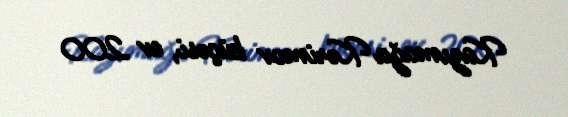
Kazımağa Kərimov küçəsi, ev 200